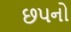
છપનો